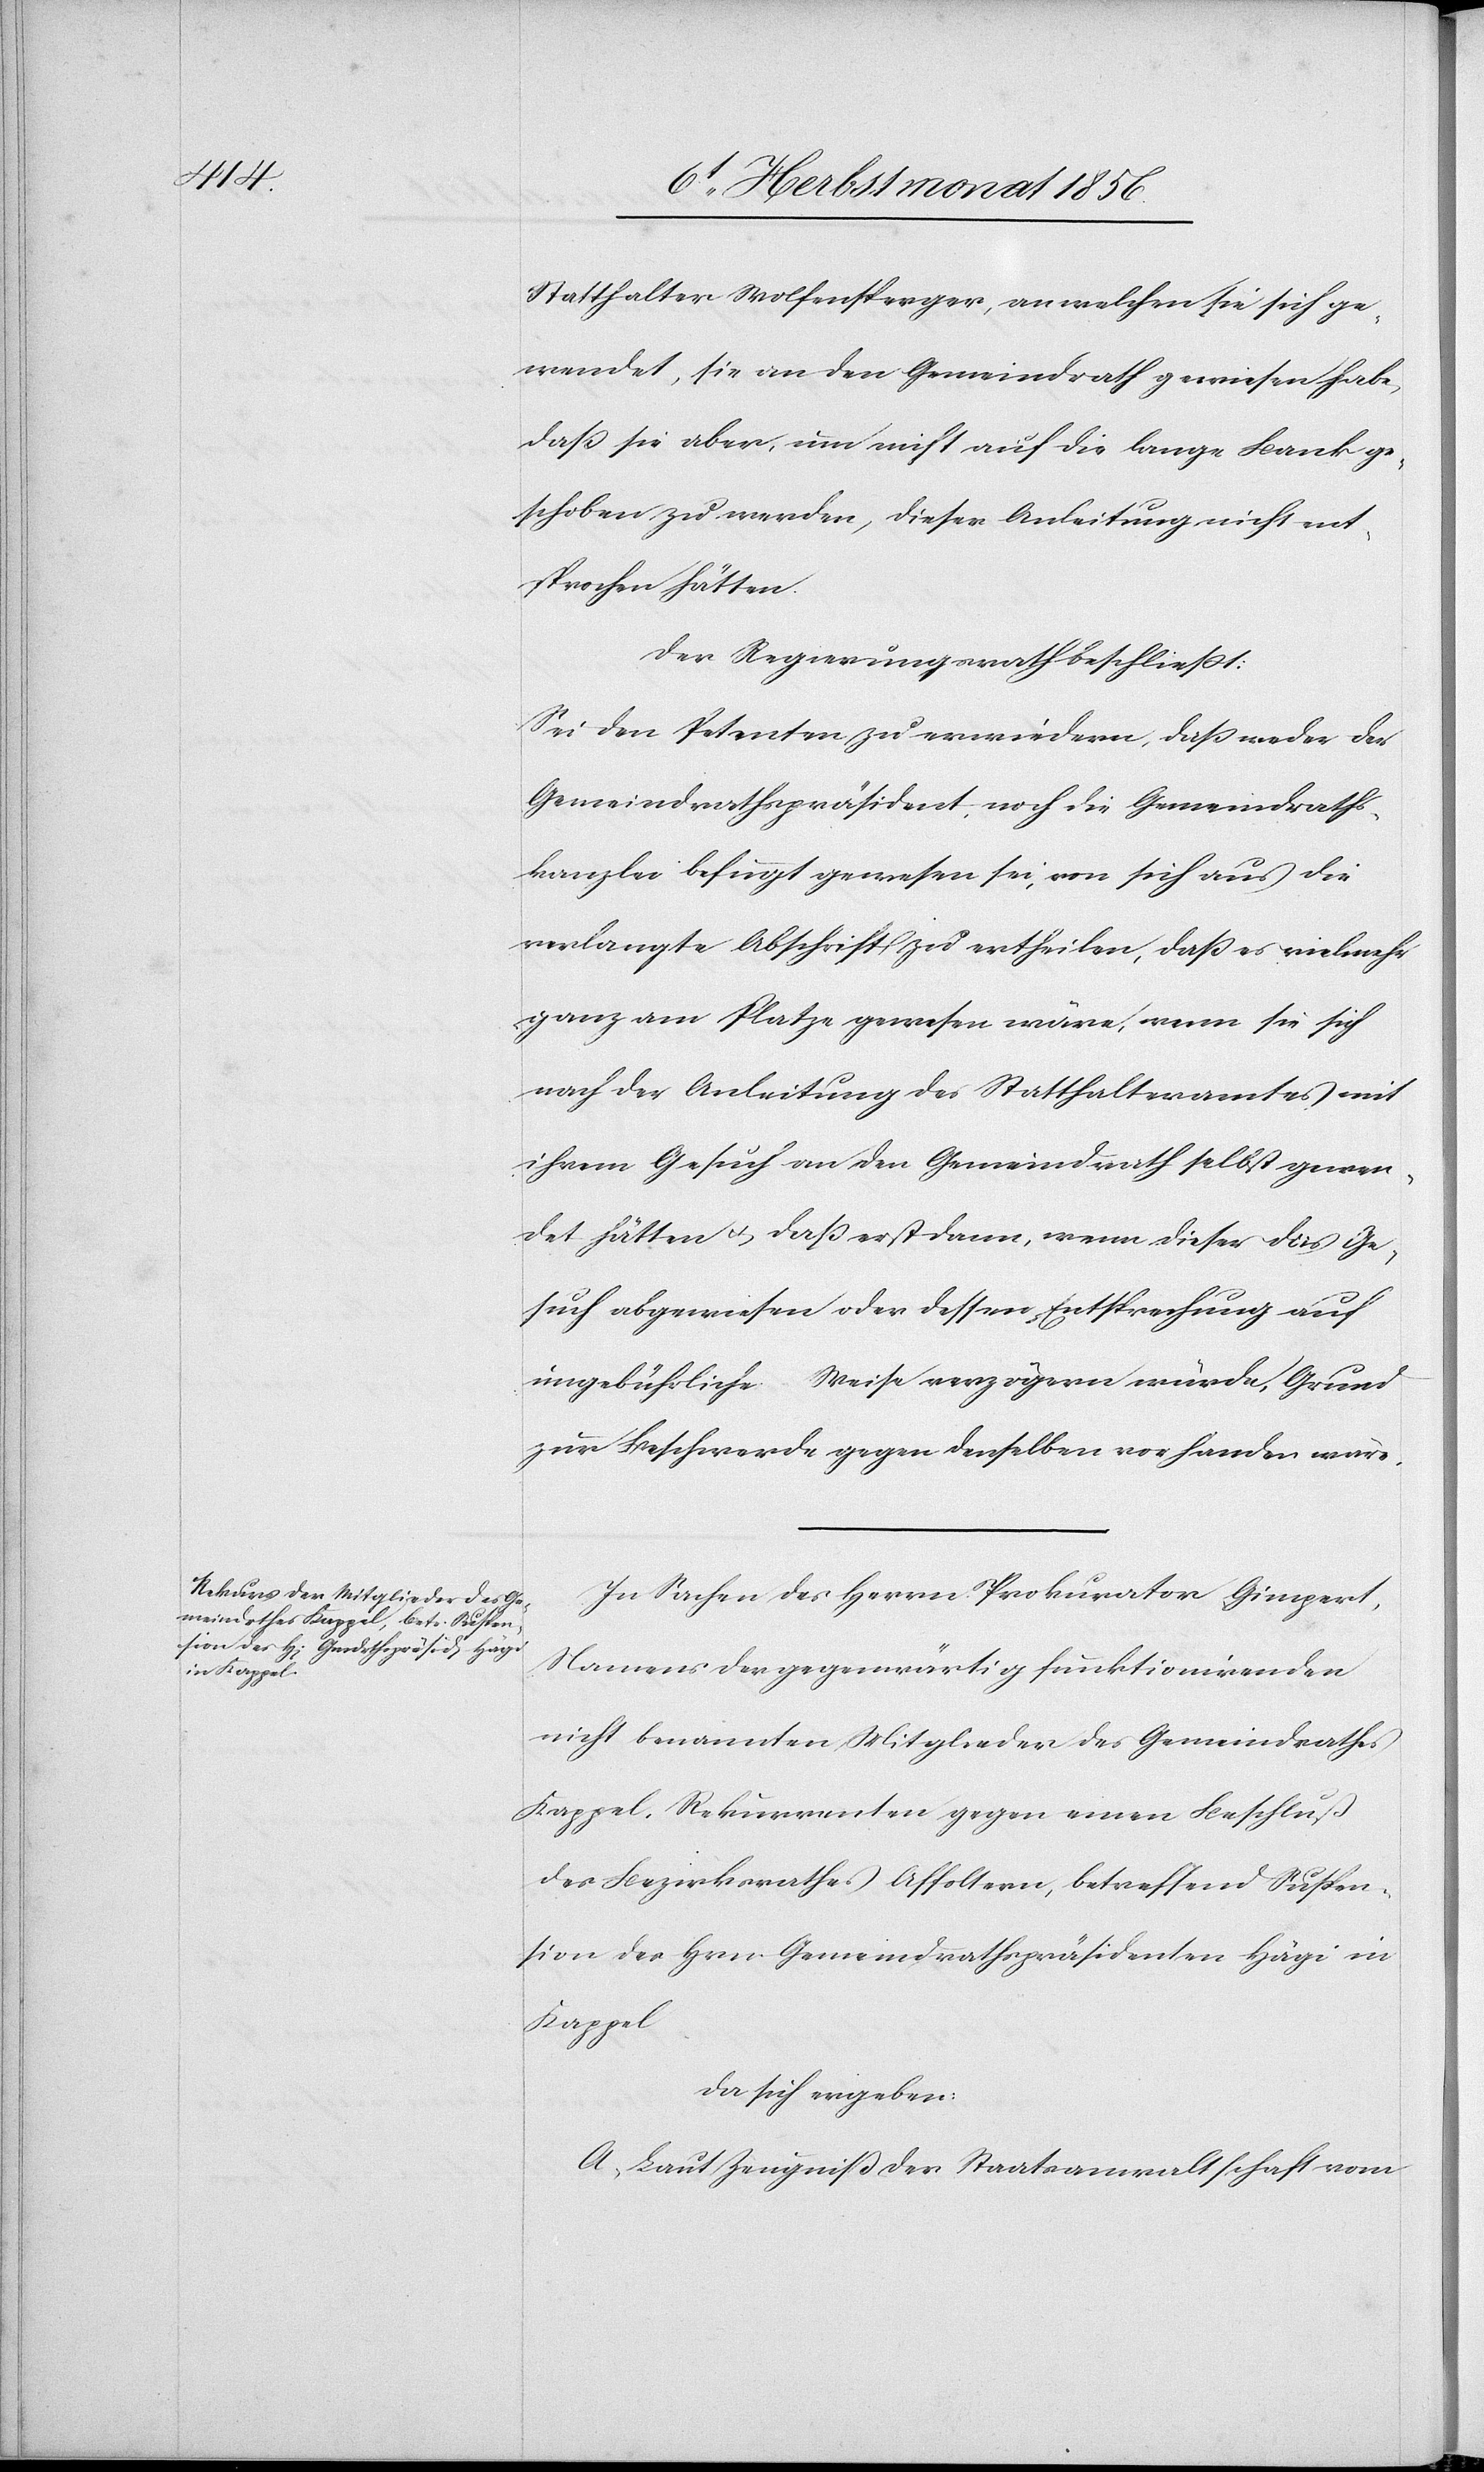
Statthalter Wolfensperger, an welchen sie sich ge¬
wendet, sie an den Gemeindrath gewiesen habe,
dass sie aber, um nicht auf die lange Bank ge¬
schoben zu werden, dieser Anleitung nicht ent¬
sprochen hätten.
Der Regierungsrath beschliesst:
Sei den Petenten zu erwiedern, dass weder der
Gemeindrathspräsident noch die Gemeindraths¬
kanzlei befugt gewesen sei, von sich aus die
verlangte Abschrift zu ertheilen, dass es vielmehr
ganz am Platze gewesen wäre, wenn sie sich
nach der Anleitung des Statthalteramtes mit
ihrem Gesuch an den Gemeindrath selbst gewen¬
det hätten u. dass erst dann, wenn dieser das Ge¬
such abgewiesen oder dessen Entsprechung auf
ungebührliche Weise verzögern würde, Grund
zur Beschwerde gegen denselben vorhanden wäre.
In Sachen des Herrn Prokurator Gimpert,
Namens der gegenwärtig funktionirenden
nicht benannten Mitglieder des Gemeindrathes
Kappel, Rekurrenten gegen einen Beschluß
des Bezirksrathes Affoltern, betreffend Suspen¬
sion des Hrn. Gemeindrathspräsidenten Hägi in
Kappel
da sich ergeben:
A.) Laut Zeugniß der Staatsanwaltschaft vom